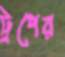
ট্রপের